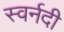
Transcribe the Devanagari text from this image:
स्वर्नदी